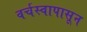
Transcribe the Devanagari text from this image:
वर्चस्वापासून